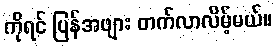
ကိုရင် ပြန်အဖျား တက်လာလိမ့်မယ်။